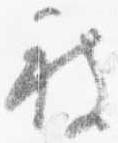
被